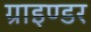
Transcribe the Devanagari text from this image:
ग्राइण्डर